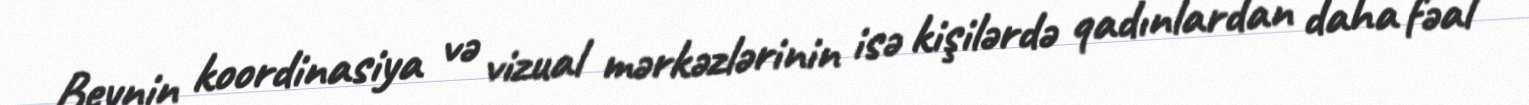
Beynin koordinasiya və vizual mərkəzlərinin isə kişilərdə qadınlardan daha fəal